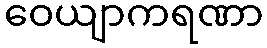
ဝေယျာကရဏာ